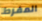
المفرط